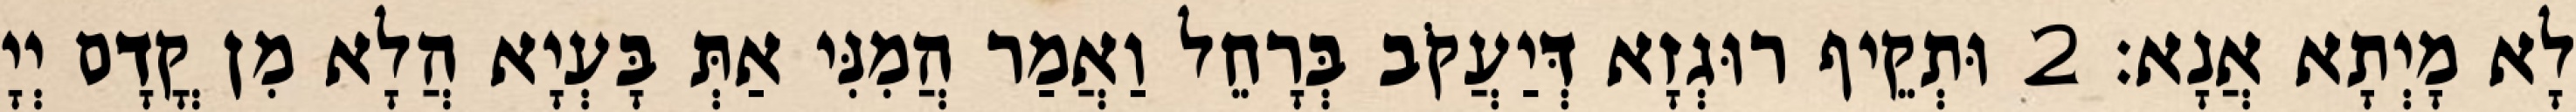
לָא מָיְתָא אֲנָא׃ 2 וּתְקֵיף רוּגְזָא דְּיַעֲקֹב בְּרָחֵל וַאֲמַר הֲמִנִּי אַתְּ בָּעְיָא הֲלָא מִן קֳדָם יְיָ